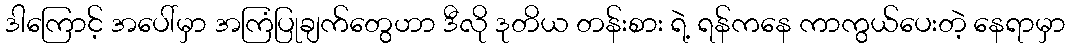
ဒါကြောင့် အပေါ်မှာ အကြံပြုချက်တွေဟာ ဒီလို ဒုတိယ တန်းစား ရဲ့ ရန်ကနေ ကာကွယ်ပေးတဲ့ နေရာမှာ